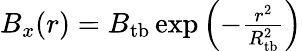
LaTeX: \begin{array}{r}{B_{x}(r)=B_{\mathrm{tb}}\exp{\left(-\frac{r^{2}}{R_{\mathrm{tb}}^{2}}\right)}}\end{array}